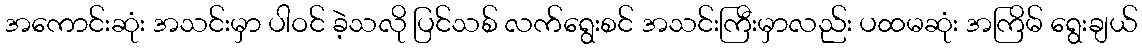
အကောင်းဆုံး အသင်းမှာ ပါဝင် ခဲ့သလို ပြင်သစ် လက်ရွေးစင် အသင်းကြီးမှာလည်း ပထမဆုံး အကြိမ် ရွေးချယ်